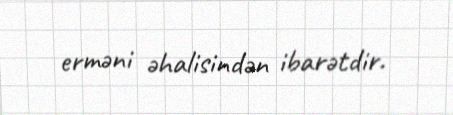
erməni əhalisindən ibarətdir.